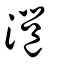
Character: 㴩